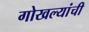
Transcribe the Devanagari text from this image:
गोखल्यांची